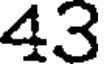
43